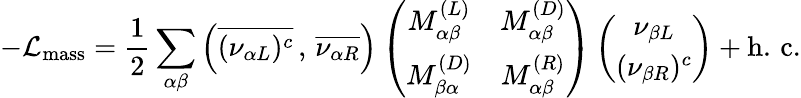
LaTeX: -{\cal L}_{\mathrm{mass}}=\frac{1}{2}\sum_{\alpha\beta}\left(\overline{{{(\nu_{\alpha L})^{c}}}}\, ,\, \overline{{{\nu_{\alpha R}}}}\right)\left(\begin{array}{cc}{{M_{\alpha\beta}^{(L)}}}&{{M_{\alpha\beta}^{(D)}}}\\ {{M_{\beta\alpha}^{(D)}}}&{{M_{\alpha\beta}^{(R)}}}\end{array}\right)\left(\begin{array}{c}{{\nu_{\beta L}}}\\ {{(\nu_{\beta R})^{c}}}\end{array}\right)+\mathrm{h.\, c.}